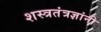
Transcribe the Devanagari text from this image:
शस्त्रतंत्रज्ञांनी